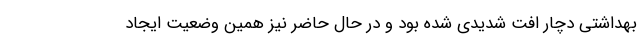
بهداشتی دچار افت شدیدی شده بود و در حال حاضر نیز همین وضعیت ایجاد